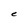
Character: C